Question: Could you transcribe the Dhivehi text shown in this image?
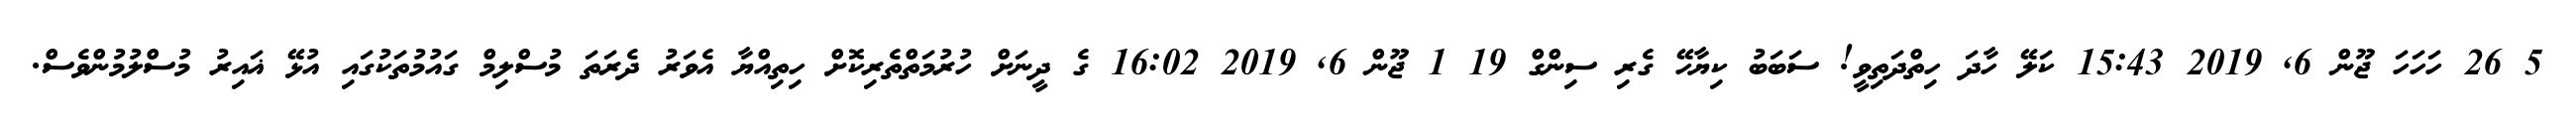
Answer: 5 26 ހަހަހަ ޖޫން 6, 2019 15:43 ކަލޭ ހާދަ ހިތްދަތިވީ! ސަބަބު ކިޔާހޭ ގެރި ސިންގް 19 1 ޖޫން 6, 2019 16:02 ގެ ދީނަށް ހުރުމަތްތެރިކޮށް ހިތިއްޔާ އެވަރު ދެރަތަ މުސްލިމް ގައުމުތަކުގައި އުޅޭ ޣައިރު މުސްލުމުންވެސް.